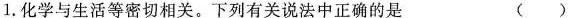
1.化学与生活等密切相关。下列有关说法中正确的是 ()